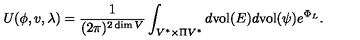
U ( \phi , v , \lambda ) = \frac { 1 } { ( 2 \pi ) ^ { 2 \dim V } } \int _ { V ^ { * } \times \Pi V ^ { * } } d \mathrm { v o l } ( E ) d \mathrm { v o l } ( \psi ) e ^ { \Phi _ { L } } .